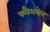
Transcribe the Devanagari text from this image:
फ्लैशमेल